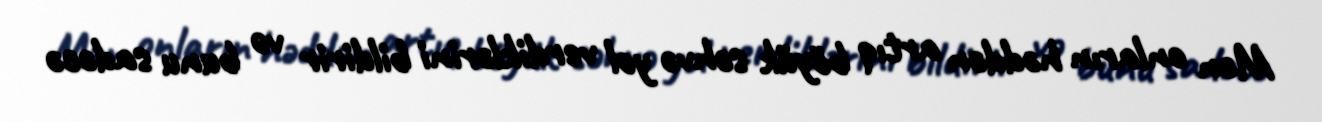
Mən onların həddən artıq böyük səhvə yol verdiklərini bildirir və bunu sadəcə